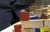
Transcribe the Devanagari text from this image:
उपप्रान्तपतियों